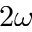
2 \omega